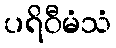
ပရိဝီမံသံ